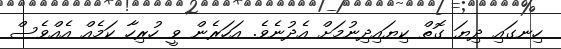
ހިނގައި ދިޔަ ގޮތް ކިޔައިދިނުމަށް އެދުނެވެ. އަހަރެން ވީ ހުރިހާ ކަމެއް އެއްވެސް